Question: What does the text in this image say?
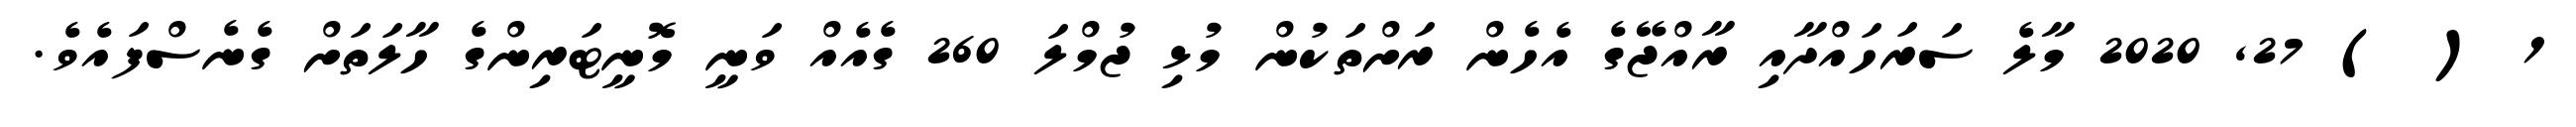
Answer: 1 ( ) 27, 2020 މާލެ ސަރަހައްދާއި ރާއްޖޭގެ އެހެން ރަށްތަކުން މުޅި ޖުމްލަ 260 ގެއެއް ވަނީ މޮނީޓަރިންގެ ހާލަތަށް ގެނެސްފައެވެ.